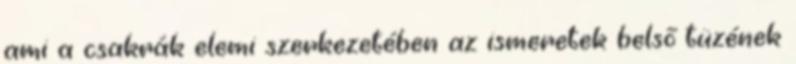
ami a csakrák elemi szerkezetében az ismeretek belső tüzének